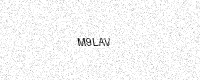
Text: M9LAV